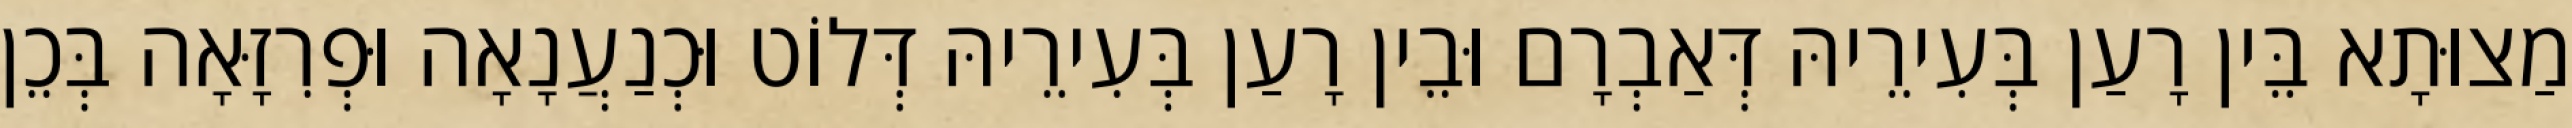
מַצוּתָא בֵּין רָעַן בְּעִירֵיהּ דְּאַבְרָם וּבֵין רָעַן בְּעִירֵיהּ דְּלוֹט וּכְנַעֲנָאָה וּפְרִזָּאָה בְּכֵן